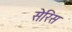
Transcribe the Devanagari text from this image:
सेरिस